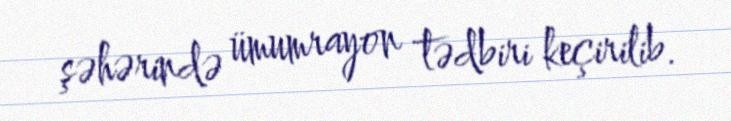
şəhərində ümumrayon tədbiri keçirilib.